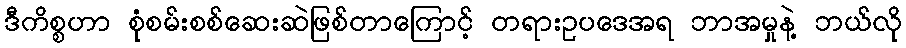
ဒီကိစ္စဟာ စုံစမ်းစစ်ဆေးဆဲဖြစ်တာကြောင့် တရားဥပဒေအရ ဘာအမှုနဲ့ ဘယ်လို